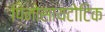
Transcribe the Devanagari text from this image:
पिनोसायटोटिक